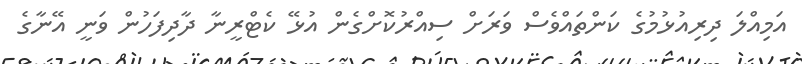
އަމިއްލަ ދިރިއުޅުމުގެ ކަންތައްވެސް ވަރަށް ސިއްރުކޮށްގެން އުޅޭ ކެޓްރީނާ ދާދިފަހުން ވަނީ އޭނާގެ